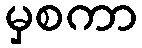
မှစကာ